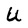
Character: U